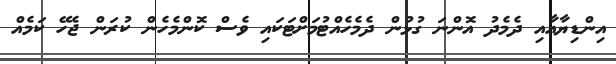
އިންޑިޔާއާއި ދެމެދު އޮންނަ ގުޅުން ދެމެހެއްޓުމަށްޓަކައި ވެސް ކޮންމެހެން ކުރަން ޖެހޭ ކަމެއް